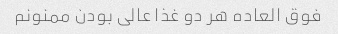
فوق العاده هر دو غذا عالی بودن ممنونم